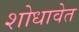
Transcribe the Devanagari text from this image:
शोधावेत